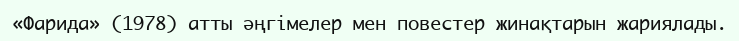
«Фарида» (1978) атты әңгімелер мен повестер жинақтарын жариялады.